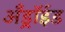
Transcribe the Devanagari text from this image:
अँड्रॉईड